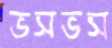
ভসভস